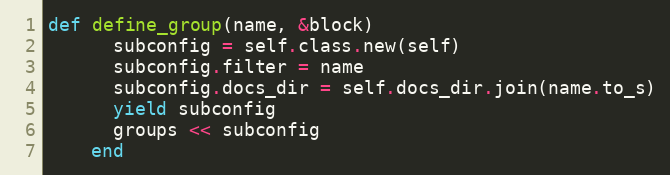
Language: Ruby
def define_group(name, &block)
      subconfig = self.class.new(self)
      subconfig.filter = name
      subconfig.docs_dir = self.docs_dir.join(name.to_s)
      yield subconfig
      groups << subconfig
    end